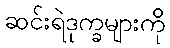
ဆင်းရဲဒုက္ခများကို